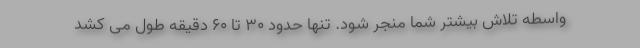
واسطه تلاش بیشتر شما منجر شود. تنها حدود 30 تا 60 دقیقه طول می کشد